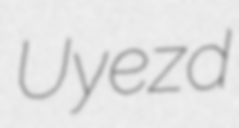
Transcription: Uyezd